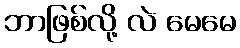
ဘာဖြစ်လို့ လဲ မေမေ